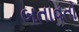
બતાવતો